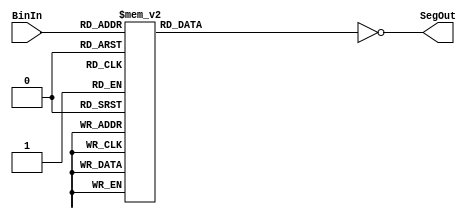
module Trans_7seg(BinIn, SegOut);

input[3:0] BinIn;


output[0:6] SegOut;		

reg[0:6] iSegOut;			

assign SegOut[0:6] = ~iSegOut[0:6];


always @(BinIn)
begin
	case (BinIn)   	
		0 : iSegOut <= 	7'b1111110;
		1 : iSegOut <= 	7'b0110000;
		2 : iSegOut <= 	7'b1101101;
		3 : iSegOut <= 	7'b1111001;
		4 : iSegOut <= 	7'b0110011;
		5 : iSegOut <= 	7'b1011011;
		6 : iSegOut <= 	7'b1011111;
		7 : iSegOut <= 	7'b1110000;
		8 : iSegOut <= 	7'b1111111;
		9 : iSegOut <= 	7'b1111011;
		10: iSegOut <= 	7'b1111110;
		11: iSegOut <= 	7'b0111101;
		default : iSegOut <= 7'b0000001;
	endcase
end



endmodule